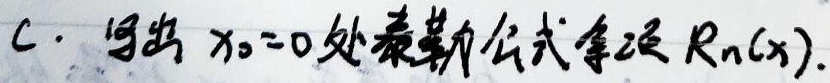
C. 写出 \(x_{0} = 0\) 处泰勒公式余项 \(R_{n}(x)\)。